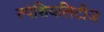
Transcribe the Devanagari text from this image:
स्पेशियलिटीज